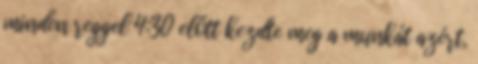
minden reggel 4:30 előtt kezdte meg a munkát azért,